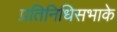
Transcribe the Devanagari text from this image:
प्रतिनिधिसभाके